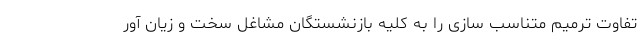
تفاوت ترمیم متناسب سازی را به کلیه بازنشستگان مشاغل سخت و زیان آور